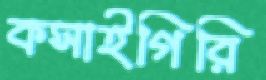
কসাইগিরি